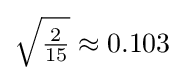
{\sqrt {\tfrac {2}{15}}}\approx 0.103